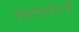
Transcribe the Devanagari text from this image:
शब्दादृश्योवाजी